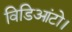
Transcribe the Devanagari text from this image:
विडिआंटो।